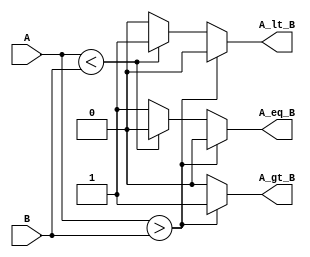
module ParametrizedComparator #(
    parameter WIDTH = 8 // Default parameter width, can be overridden
)(
    input [WIDTH-1:0] A, // Input A
    input [WIDTH-1:0] B, // Input B
    output reg A_gt_B,    // Output: A > B
    output reg A_lt_B,    // Output: A < B
    output reg A_eq_B     // Output: A == B
);

// Behavioral description of the comparator
always @(*) begin
    // Initialize outputs to zero
    A_gt_B = 0;
    A_lt_B = 0;
    A_eq_B = 0;

    // Compare A and B
    if (A > B) begin
        A_gt_B = 1; // A is greater than B
    end else if (A < B) begin
        A_lt_B = 1; // A is less than B
    end else begin
        A_eq_B = 1; // A is equal to B
    end
end

endmodule